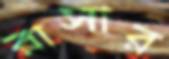
রাসার